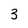
Character: 3